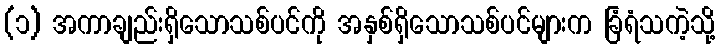
(၁) အကာချည်းရှိသောသစ်ပင်ကို အနှစ်ရှိသောသစ်ပင်များက ခြံရံသကဲ့သို့